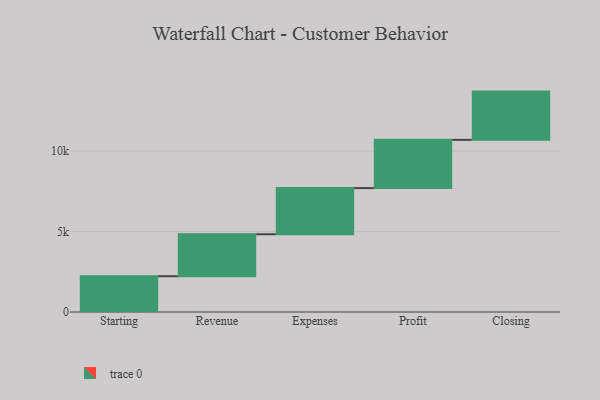
{"axis": {"x": "Step", "y": "Value"}, "legend": [""], "data": [{"x": "Starting", "y": 2225.0, "type": ""}, {"x": "Revenue", "y": 2611.0, "type": ""}, {"x": "Expenses", "y": 2869.0, "type": ""}, {"x": "Profit", "y": 3000, "type": ""}, {"x": "Closing", "y": 3000, "type": ""}]}